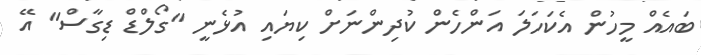
ބައެއް މީހުން އެކަހަލަ އަންހެން ކުދިންނަށް ކިޔައި އުޅެނީ "ގޯލްޑް ޑިގާސް" އޭ